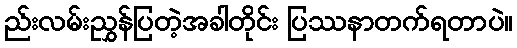
ည်းလမ်းညွှန်ပြတဲ့အခါတိုင်း ပြဿနာတက်ရတာပဲ။